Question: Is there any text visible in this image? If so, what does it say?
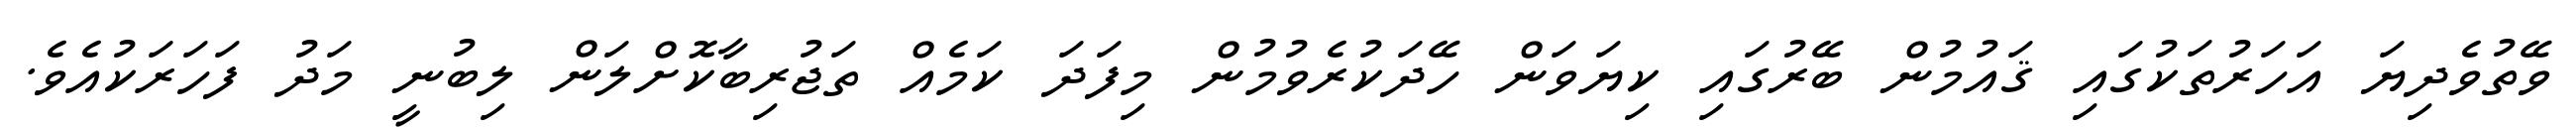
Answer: ވޭތުވެދިޔަ އަހަރުތަކުގައި ޤައުމުން ބޭރުގައި ކިޔަވަން ހޭދަކުރެވުމުން މިފަދަ ކަމެއް ތަޖުރިބާކޮށްލަން ލިބުނީ މަދު ފަހަރަކުއެވެ.